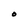
Character: O